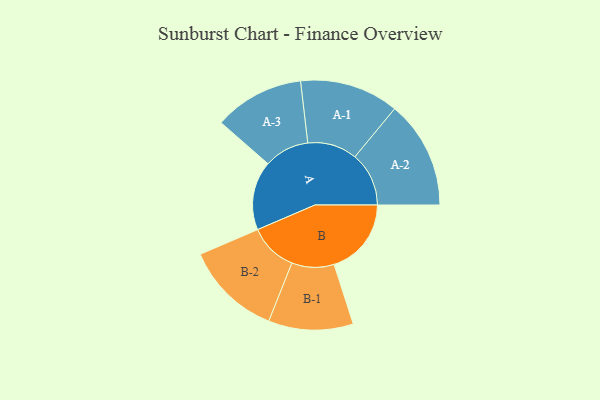
{"axis": {"x": "Segment", "y": "Value"}, "legend": ["", "A", "B"], "data": [{"x": "A", "y": 326, "type": ""}, {"x": "B", "y": 365, "type": ""}, {"x": "A-1", "y": 234, "type": "A"}, {"x": "A-2", "y": 255, "type": "A"}, {"x": "A-3", "y": 213, "type": "A"}, {"x": "B-1", "y": 200, "type": "B"}, {"x": "B-2", "y": 228, "type": "B"}]}